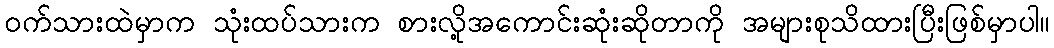
၀က်သားထဲမှာက သုံးထပ်သားက စားလို့အကောင်းဆုံးဆိုတာကို အများစုသိထားပြီးဖြစ်မှာပါ။